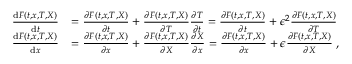
\begin{array} { r l } { \frac { \mathrm { d } F ( t , x , T , X ) } { \mathrm { d } t } } & { = \frac { \partial F ( t , x , T , X ) } { \partial t } + \frac { \partial F ( t , x , T , X ) } { \partial T } \frac { \partial T } { \partial t } = \frac { \partial F ( t , x , T , X ) } { \partial t } + \epsilon ^ { 2 } \frac { \partial F ( t , x , T , X ) } { \partial T } } \\ { \frac { \mathrm { d } F ( t , x , T , X ) } { \mathrm { d } x } } & { = \frac { \partial F ( t , x , T , X ) } { \partial x } + \frac { \partial F ( t , x , T , X ) } { \partial X } \frac { \partial X } { \partial x } = \frac { \partial F ( t , x , T , X ) } { \partial x } + \epsilon \frac { \partial F ( t , x , T , X ) } { \partial X } \; , } \end{array}